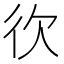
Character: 𢓑